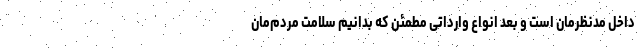
داخل مدنظرمان است و بعد انواع وارداتی مطمئن که بدانیم سلامت مردم‌مان